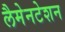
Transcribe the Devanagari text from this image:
लैमेनटेशन